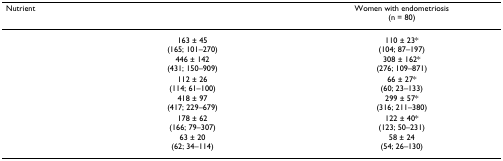
<table><thead><tr><td><b>Nutrient</b></td><td>[EMPTY_CELL]</td><td><b>Women with endometriosis(n = 80)</b></td></tr></thead><tbody><tr><td>[EMPTY_CELL]</td><td>163 ± 45(165; 101–270)</td><td>110 ± 23*(104; 87–197)</td></tr><tr><td>[EMPTY_CELL]</td><td>446 ± 142(431; 150–909)</td><td>308 ± 162*(276; 109–871)</td></tr><tr><td>[EMPTY_CELL]</td><td>112 ± 26(114; 61–100)</td><td>66 ± 27*(60; 23–133)</td></tr><tr><td>[EMPTY_CELL]</td><td>418 ± 97(417; 229–679)</td><td>299 ± 57*(316; 211–380)</td></tr><tr><td>[EMPTY_CELL]</td><td>178 ± 62(166; 79–307)</td><td>122 ± 40*(123; 50–231)</td></tr><tr><td>[EMPTY_CELL]</td><td>63 ± 20(62; 34–114)</td><td>58 ± 24(54; 26–130)</td></tr></tbody></table>